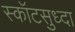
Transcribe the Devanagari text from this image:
स्कॉटसुध्दा